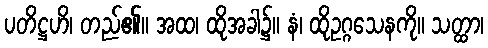
ပတိဋ္ဌဟိ၊ တည်၏။ အထ၊ ထိုအခါ၌။ နံ၊ ထိုဥဂ္ဂသေနကို။ သတ္ထာ၊